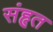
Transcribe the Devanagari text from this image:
संहृत